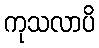
ကုသလာပိ